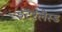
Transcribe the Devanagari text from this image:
इंटरलैस्ड